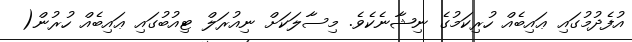
އުފެދުމުގައި ޢައިބެއް ހުރިކަމުގެ ނިޝާނެކެވެ. މިސާލަކަށް ނިއުރަލް ޓިއުބުގައި ޢައިބެއް ހުރުން(